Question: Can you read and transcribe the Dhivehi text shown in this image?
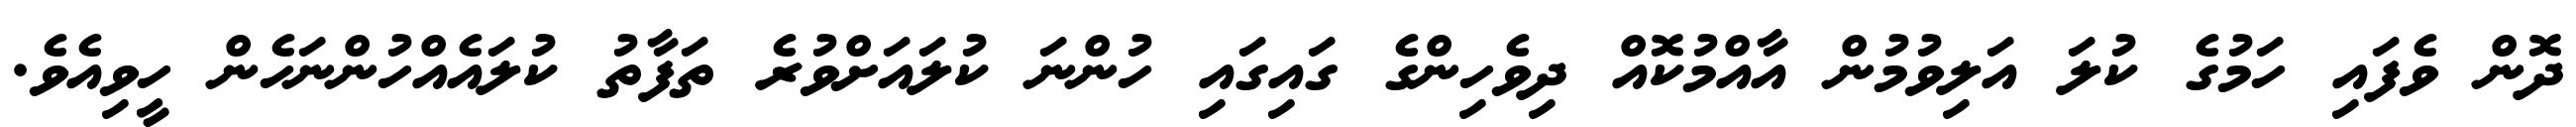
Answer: ދޮން ވެފައި ހަމުގެ ކުލަ އަލިވުމުން އާއްމުކޮއް ދިވެހިންގެ ގައިގައި ހުންނަ ކުލައަށްވުރެ ތަފާތު ކުލައެއްހުންނަހެން ހީވިއެވެ.